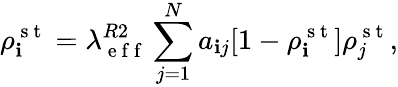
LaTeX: \rho_{\mathbf{i}}^{\mathrm{{~s~t~}}}=\lambda_{\mathrm{{~e~f~f~}}}^{R2}\sum_{j=1}^{N}a_{\mathbf{i}j}[1-\rho_{\mathbf{i}}^{\mathrm{{~s~t~}}}]\rho_{j}^{\mathrm{{~s~t~}}},